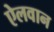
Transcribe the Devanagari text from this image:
ऐलवान